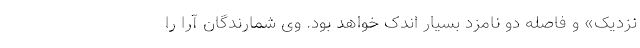
نزدیک» و فاصله دو نامزد بسیار اندک خواهد بود. وی شمارندگان آرا را